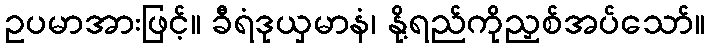
ဥပမာအားဖြင့်။ ခီရံဒုယှမာနံ၊ နို့ရည်ကိုညှစ်အပ်သော်။